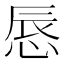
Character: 𢛚